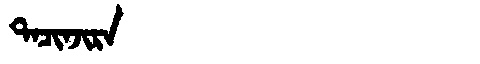
Manchu: ᡨᠠᠴᡳᠨᠵᡳᡵᠠ
Romanization: TACINJIRA